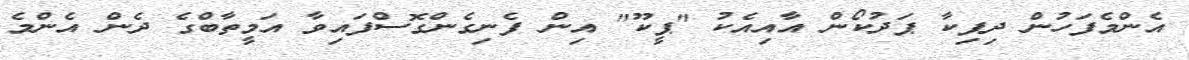
އެންމެފަހުން ދިޕިކާ ޕަދުކޯން އާއިއެކު "ޕީކޫ" އިން ފެނިގެންގޮސްފައިވާ އަމީތާބްގެ ދެން އެންމެ